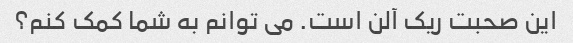
این صحبت ریک آلن است. می توانم به شما کمک کنم؟